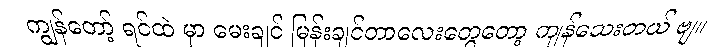
ကျွန်တော့် ရင်ထဲ မှာ မေးချင် မြန်းချင်တာလေးတွေတော့ ကျန်သေးတယ် ဗျ။